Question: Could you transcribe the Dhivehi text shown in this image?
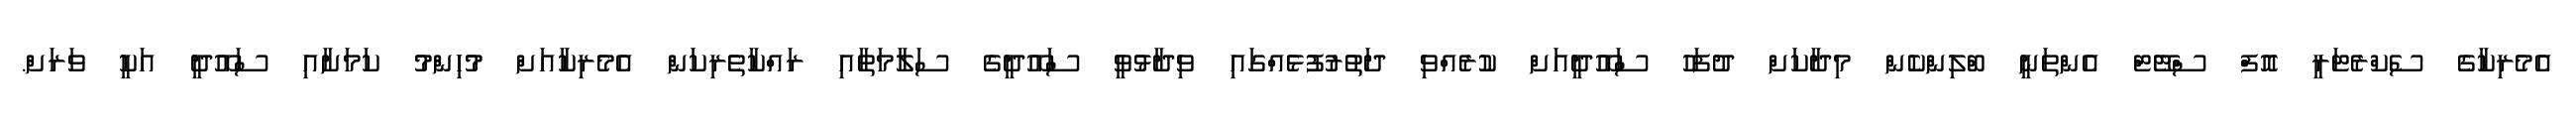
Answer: އެމެރިކާގެ ސެކްރެޓަރީ އޮފް ސްޓޭޓް އެންތަނީ ބްލިންކެން މިދާކަށް ދުފަހު ސައޫދީއަށް ކުރެއްވި ދަތުރުފުޅެއްގައި ވިދާޅުވީ ސައޫދީގެ ސަލާމަތާއި ރައްކާތެރިކަން އެމެރިކާއަށް މުހިންމު ކަމަށާއި ސައޫދީ އަކީ ވަރަށް.